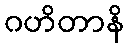
ဂဟိတာနိ